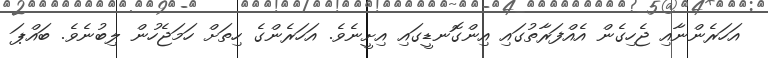
އަހަރެންނާއި ޖެހިގެން އެއްފަރާތުގައި އިންގޮނޑީގައި އިށީނެވެ. އަހަރެންގެ ހިތަށް ހަމަޖެހުން ލިބުނެވެ. ބައްޕަ